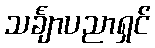
သင်္ချာပညာရှင်